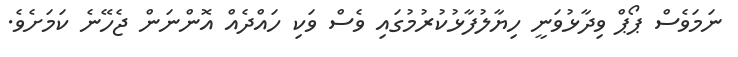
ނަމަވެސް ޕޯޕް ވިދާޅުވަނީ ހިޔާލުފާޅުކުރުމުގައި ވެސް ވަކި ހައްދެއް އޮންނަން ޖެހޭނެ ކަމަށެވެ.